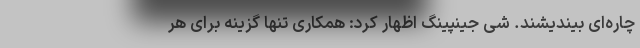
چاره‌ای بیندیشند. شی جینپینگ اظهار کرد: همکاری تنها گزینه برای هر